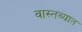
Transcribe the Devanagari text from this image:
वास्‍तव्‍यात